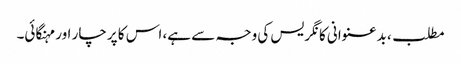
مطلب، بدعنوانی کانگریس کی وجہ سے ہے، اس کا پرچار اور مہنگائی۔